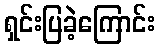
ရှင်းပြခဲ့ကြောင်း